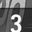
Digit: 3